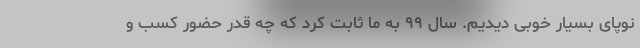
نوپای بسیار خوبی دیدیم. سال ۹۹ به ما ثابت کرد که چه قدر حضور کسب و